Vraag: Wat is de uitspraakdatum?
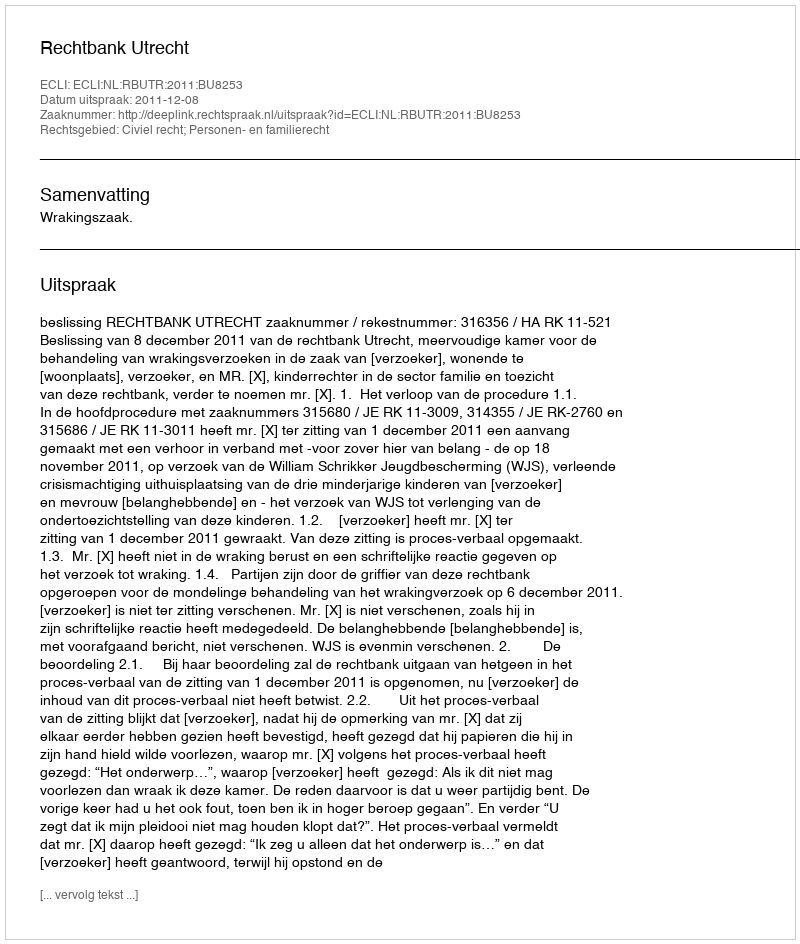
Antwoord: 2011-12-08